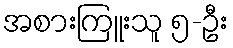
အစားကြူးသူ ၅-ဦး